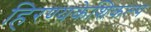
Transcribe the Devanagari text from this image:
हिरण्यकेशिकल्प